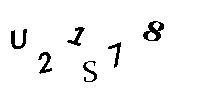
U21S78